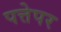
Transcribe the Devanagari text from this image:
पत्तेपर